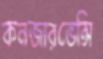
কনজারভেন্সি